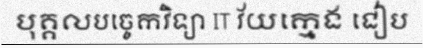
បុគ្គលបច្ចេកវិទ្យា IT វ័យក្មេង ជៀប